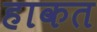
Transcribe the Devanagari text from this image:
हाकत